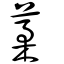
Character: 葇